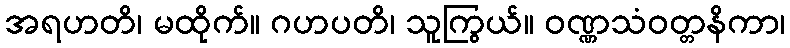
အရဟတိ၊ မထိုက်။ ဂဟပတိ၊ သူကြွယ်။ ဝဏ္ဏသံဝတ္တနိကာ၊